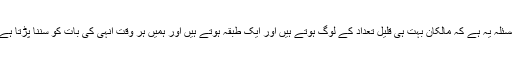
مسئلہ یہ ہے کہ مالکان بہت ہی قلیل تعداد کے لوگ ہوتے ہیں اور ایک طبقہ ہوتے ہیں اور ہمیں ہر وقت انہی کی بات کو سننا پڑتا ہے۔